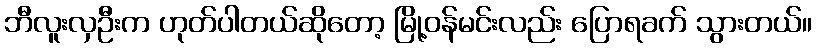
ဘီလူးလှဦးက ဟုတ်ပါတယ်ဆိုတော့ မြို့ဝန်မင်းလည်း ပြောရခက် သွားတယ်။